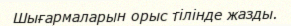
Шығармаларын орыс тілінде жазды.